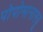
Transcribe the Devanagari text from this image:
पोपोमानास्यू